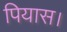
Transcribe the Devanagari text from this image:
पियास।